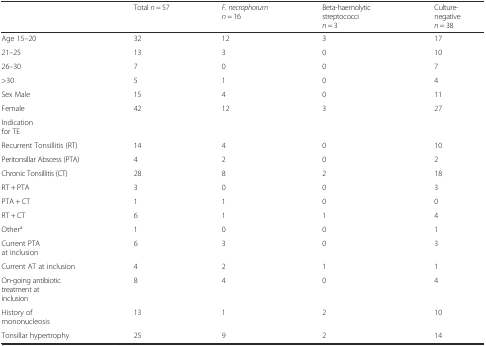
|  | Total n = 57 | F. necrophorum n = 16 | Beta-haemolytic streptococci n = 3 | Culture-negative n = 38 |
 | --- | --- | --- | --- | --- |
 | Age 15–20 | 32 | 12 | 3 | 17 |
 | 21–25 | 13 | 3 | 0 | 10 |
 | 26–30 | 7 | 0 | 0 | 7 |
 | >30 | 5 | 1 | 0 | 4 |
 | Sex Male | 15 | 4 | 0 | 11 |
 | Female | 42 | 12 | 3 | 27 |
 | Indication for TE |  |  |  |  |
 | Recurrent Tonsillitis (RT) | 14 | 4 | 0 | 10 |
 | Peritonsillar Abscess (PTA) | 4 | 2 | 0 | 2 |
 | Chronic Tonsillitis (CT) | 28 | 8 | 2 | 18 |
 | RT + PTA | 3 | 0 | 0 | 3 |
 | PTA + CT | 1 | 1 | 0 | 0 |
 | RT + CT | 6 | 1 | 1 | 4 |
 | Othera | 1 | 0 | 0 | 1 |
 | Current PTA at inclusion | 6 | 3 | 0 | 3 |
 | Current AT at inclusion | 4 | 2 | 1 | 1 |
 | On-going antibiotic treatment at inclusion | 8 | 4 | 0 | 4 |
 | History of mononucleosis | 13 | 1 | 2 | 10 |
 | Tonsillar hypertrophy | 25 | 9 | 2 | 14 |